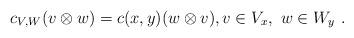
LaTeX: \begin{align*}c_{V,W}(v\otimes w)=c(x,y)(w\otimes v),v\in V_x,\ w\in W_y\ .\end{align*}